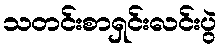
သတင်းစာရှင်းလင်းပွဲ